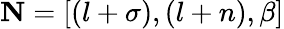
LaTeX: \mathbf{N}=\left[\left(l+\sigma\right),\left(l+n\right),\beta\right]